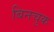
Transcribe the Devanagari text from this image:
बिनचुक